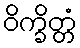
ဝိက္ခိတ္တံ